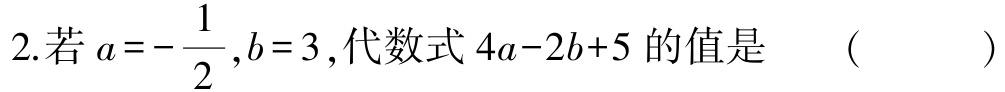
2.若\(a = - \dfrac{1}{2},b = 3\),代数式\(4a - 2b + 5\)的值是 （  ）